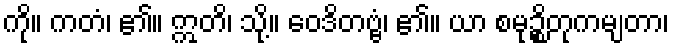
ကို။ ကတံ၊ ၏။ ဣတိ၊ သို့။ ဝေဒိတဗ္ဗံ၊ ၏။ ယာ စမုဉ္စိတုကမျတာ၊